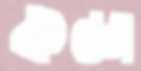
কড্ডা